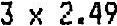
3 X 2.49